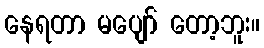
နေရတာ မပျော် တော့ဘူး။